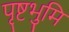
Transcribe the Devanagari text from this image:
पृष्टभुमि